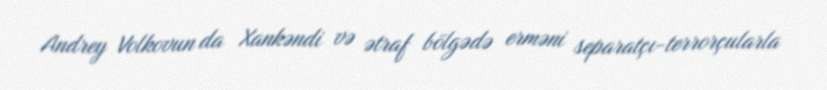
Andrey Volkovun da Xankəndi və ətraf bölgədə erməni separatçı-terrorçularla